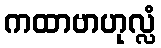
ကထာဗာဟုလ္လံ